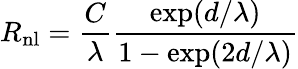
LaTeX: R_{\mathrm{{nl}}}=\frac{C}{\lambda}\frac{\exp(d/\lambda)}{1-\exp(2d/\lambda)}